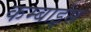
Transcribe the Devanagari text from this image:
कम्बाइंस